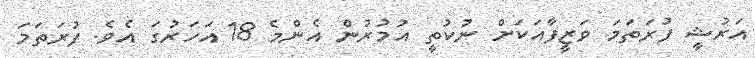
އަރުޝީ ފުރަތަމަ ވަޒީފާއަކަށް ނުކުތީ އުމުރުން އެންމެ 18 އަހަރުގަ އެވެ. ފުރަތަމަ